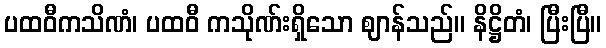
ပထဝီကသိဏံ၊ ပထဝီ ကသိုဏ်းရှိသော ဈာန်သည်။ နိဋ္ဌိတံ၊ ပြီးပြီ။